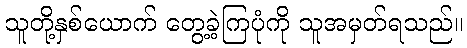
သူတို့နှစ်ယောက် တွေ့ခဲ့ကြပုံကို သူအမှတ်ရသည်။